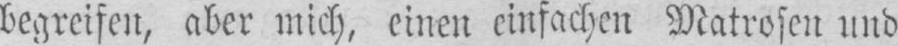
begreifen, aber mich, einen einfachen Matrosen und